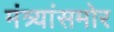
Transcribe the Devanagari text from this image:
मंत्र्यांसमोर